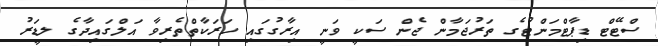
ސްޓޭޓް ޑިޕާޓްމަންޓުގެ ތަރުޖަމާން ޖެން ސަކީ ވަނީ އިރާގުގައި ހަރަކާތްތެރިވާ އަލްގައިދާގެ ލީޑަރު